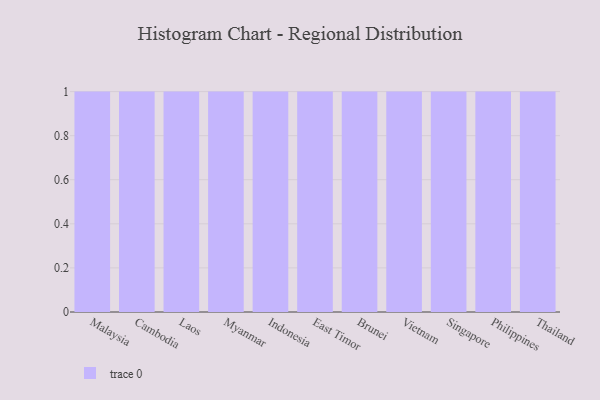
{"axis": {"x": "Country", "y": "Tickets Resolved"}, "legend": [""], "data": [{"x": "Malaysia", "y": 45, "type": ""}, {"x": "Cambodia", "y": 22, "type": ""}, {"x": "Laos", "y": 28, "type": ""}, {"x": "Myanmar", "y": 15, "type": ""}, {"x": "Indonesia", "y": 15, "type": ""}, {"x": "East Timor", "y": 45, "type": ""}, {"x": "Brunei", "y": 67, "type": ""}, {"x": "Vietnam", "y": 12, "type": ""}, {"x": "Singapore", "y": 94, "type": ""}, {"x": "Philippines", "y": 5, "type": ""}, {"x": "Thailand", "y": 72, "type": ""}]}